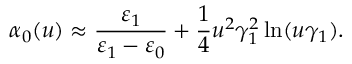
\alpha _ { 0 } ( u ) \approx \frac { \varepsilon _ { 1 } } { \varepsilon _ { 1 } - \varepsilon _ { 0 } } + \frac { 1 } { 4 } u ^ { 2 } \gamma _ { 1 } ^ { 2 } \ln ( u \gamma _ { 1 } ) .